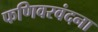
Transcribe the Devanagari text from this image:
फणिवरवंदना